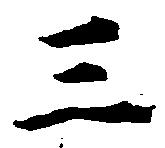
三